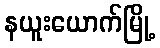
နယူးယောက်မြို့